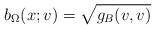
LaTeX: \begin{align*}b_\Omega(x;v) = \sqrt{g_B(v,v)}\end{align*}